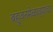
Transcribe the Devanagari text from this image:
बहुजनमेळाव्याचा